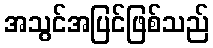
အသွင်အပြင်ဖြစ်သည်